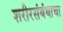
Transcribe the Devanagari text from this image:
शरीरसंबंधाचा